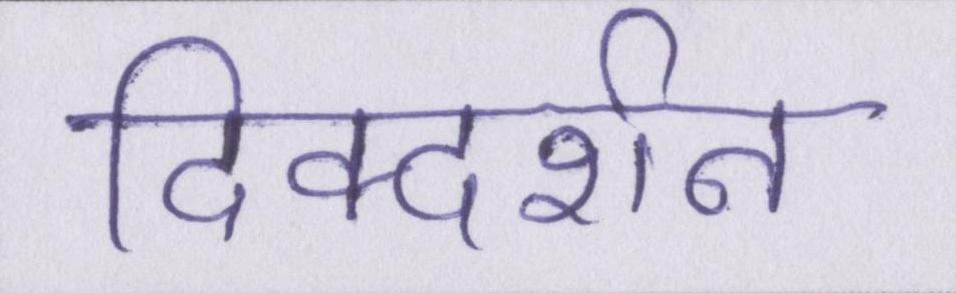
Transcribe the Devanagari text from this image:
दिक्दर्शन